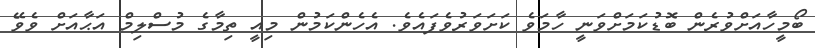
ބޯމީހާއަށްވުރެން ބޮޑުކަމަށްވަނީ ހާމަވެ ކަށަވަރުވެފައެވެ. އެހެންކަމުން މިއީ ތިމާގެ މުސްލިމް އަޙާއަށް ވެވޭ